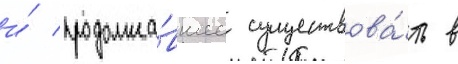
и́ продолжа́вшее существова́ть в